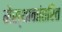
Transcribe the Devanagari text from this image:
मेंस्थानांतरित